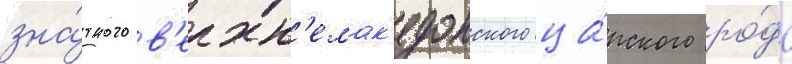
зна́тного в'ерхн'емак'едонского ца́рского ро́да